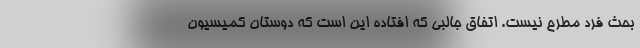
بحث فرد مطرح نیست. اتفاق جالبی که افتاده این است که دوستان کمیسیون